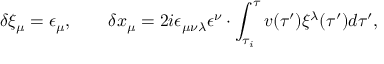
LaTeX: \delta \xi _ { \mu } = \epsilon _ { \mu } , \qquad \delta x _ { \mu } = 2 i \epsilon _ { \mu \nu \lambda } \epsilon ^ { \nu } \cdot \int _ { \tau _ { i } } ^ { \tau } v ( \tau ^ { \prime } ) \xi ^ { \lambda } ( \tau ^ { \prime } ) d \tau ^ { \prime } ,